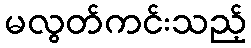
မလွတ်ကင်းသည့်